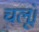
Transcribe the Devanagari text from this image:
चलूं।